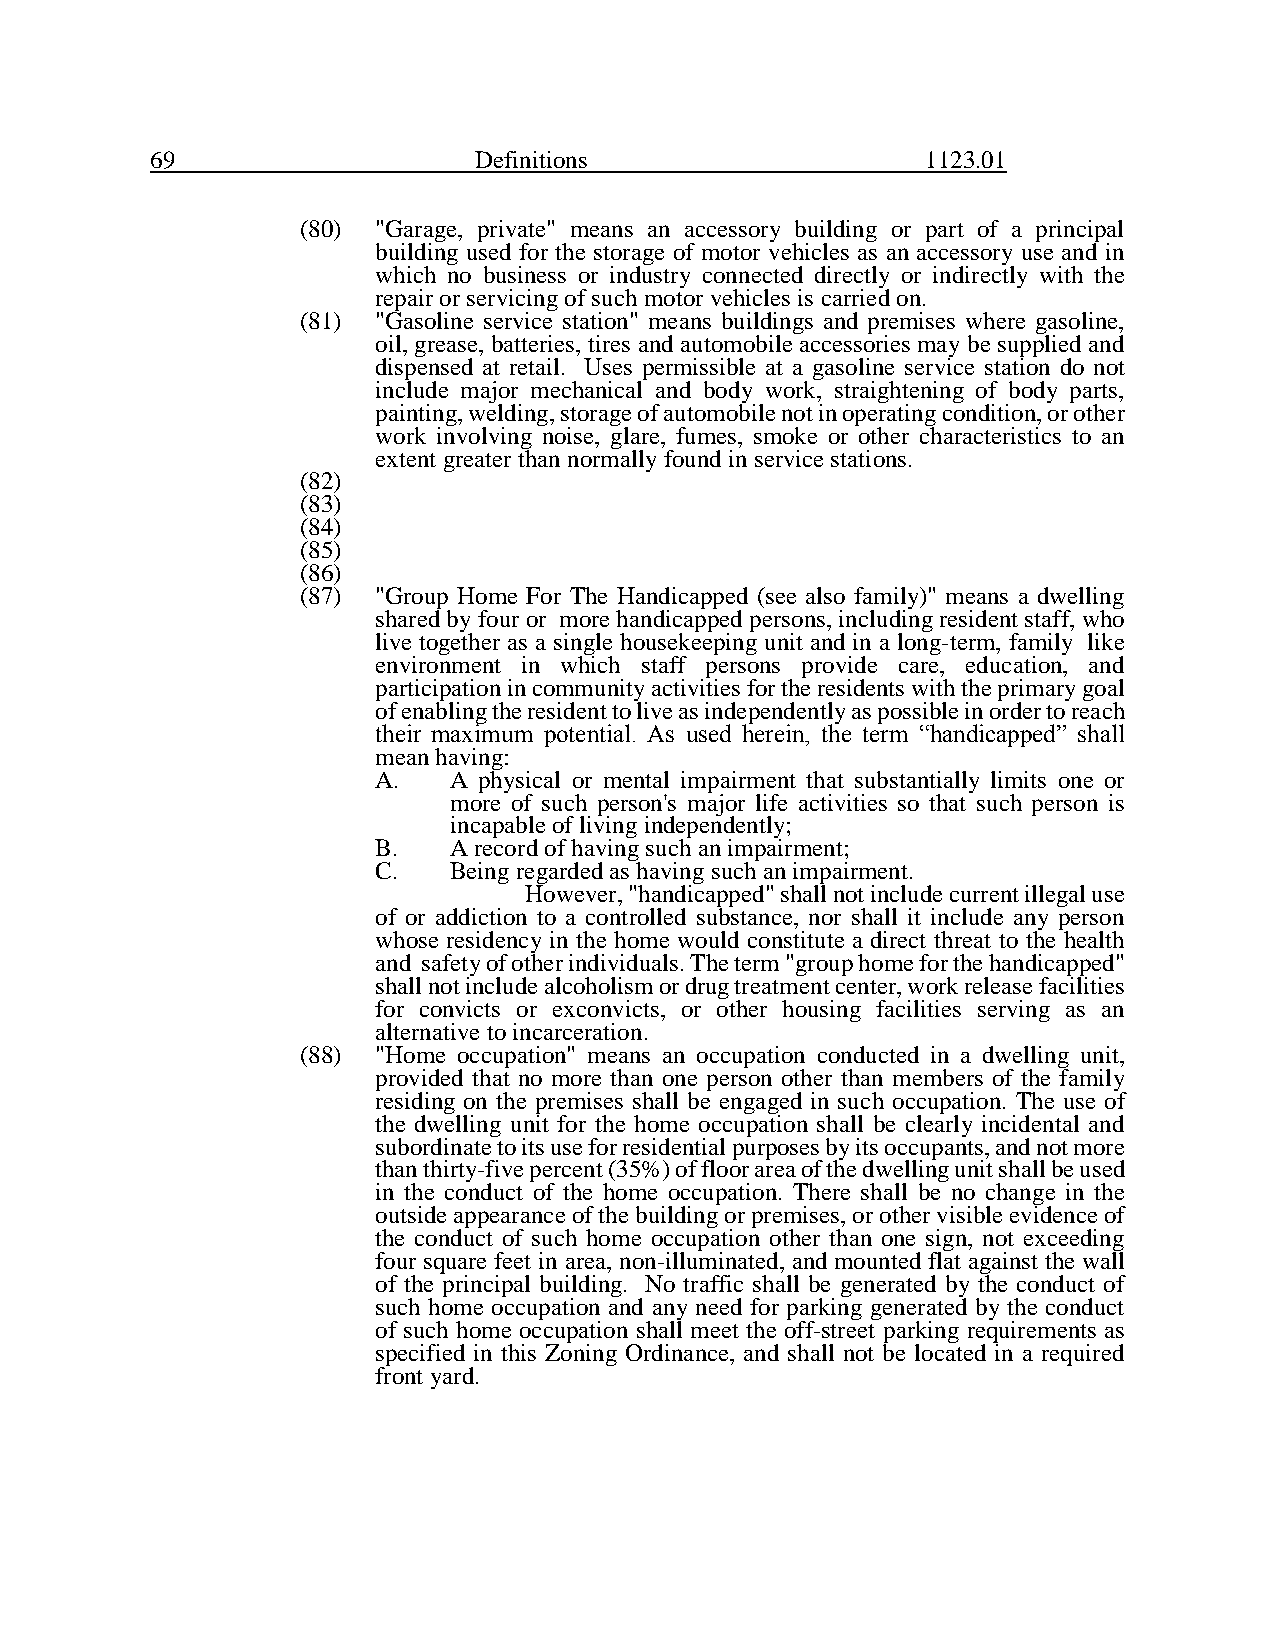
69                   Definitions                   1123.01
 (80) "Garage, private" means an accessory building or part of a principal
 building used for the storage of motor vehicles as an accessory use and in
 which no business or industry connected directly or indirectly with the
 repair or servicing of such motor vehicles is carried on.
 (81) "Gasoline service station" means buildings and premises where gasoline,
 oil, grease, batteries, tires and automobile accessories may be supplied and
 dispensed at retail. Uses permissible at a gasoline service station do not
 include major mechanical and body work, straightening of body parts,
 painting, welding, storage of automobile not in operating condition, or other
 work involving noise, glare, fumes, smoke or other characteristics to an
 extent greater than normally found in service stations.
 (82)
 (83)
 (84)
 (85)
 (86)
 (87) "Group Home For The Handicapped (see also family)" means a dwelling
 shared by four or more handicapped persons, including resident staff, who
 live together as a single housekeeping unit and in a long-term, family like
 environment in which staff persons provide care, education, and
 participation in community activities for the residents with the primary goal
 of enabling the resident to live as independently as possible in order to reach
 their maximum potential. As used herein, the term “handicapped” shall
 mean having:
 A.   A physical or mental impairment that substantially limits one or
 more of such person's major life activities so that such person is
 incapable of living independently;
 B.   A record of having such an impairment;
 C.   Being regarded as having such an impairment.
 However, "handicapped" shall not include current illegal use
 of or addiction to a controlled substance, nor shall it include any person
 whose residency in the home would constitute a direct threat to the health
 and safety of other individuals. The term "group home for the handicapped"
 shall not include alcoholism or drug treatment center, work release facilities
 for convicts or exconvicts, or other housing facilities serving as an
 alternative to incarceration.
 (88) "Home occupation" means an occupation conducted in a dwelling unit,
 provided that no more than one person other than members of the family
 residing on the premises shall be engaged in such occupation. The use of
 the dwelling unit for the home occupation shall be clearly incidental and
 subordinate to its use for residential purposes by its occupants, and not more
 than thirty-five percent (35%) of floor area of the dwelling unit shall be used
 in the conduct of the home occupation. There shall be no change in the
 outside appearance of the building or premises, or other visible evidence of
 the conduct of such home occupation other than one sign, not exceeding
 four square feet in area, non-illuminated, and mounted flat against the wall
 of the principal building. No traffic shall be generated by the conduct of
 such home occupation and any need for parking generated by the conduct
 of such home occupation shall meet the off-street parking requirements as
 specified in this Zoning Ordinance, and shall not be located in a required
 front yard.